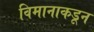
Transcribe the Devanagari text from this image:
विमानाकडून